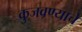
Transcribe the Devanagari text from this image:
कुजवण्याचे